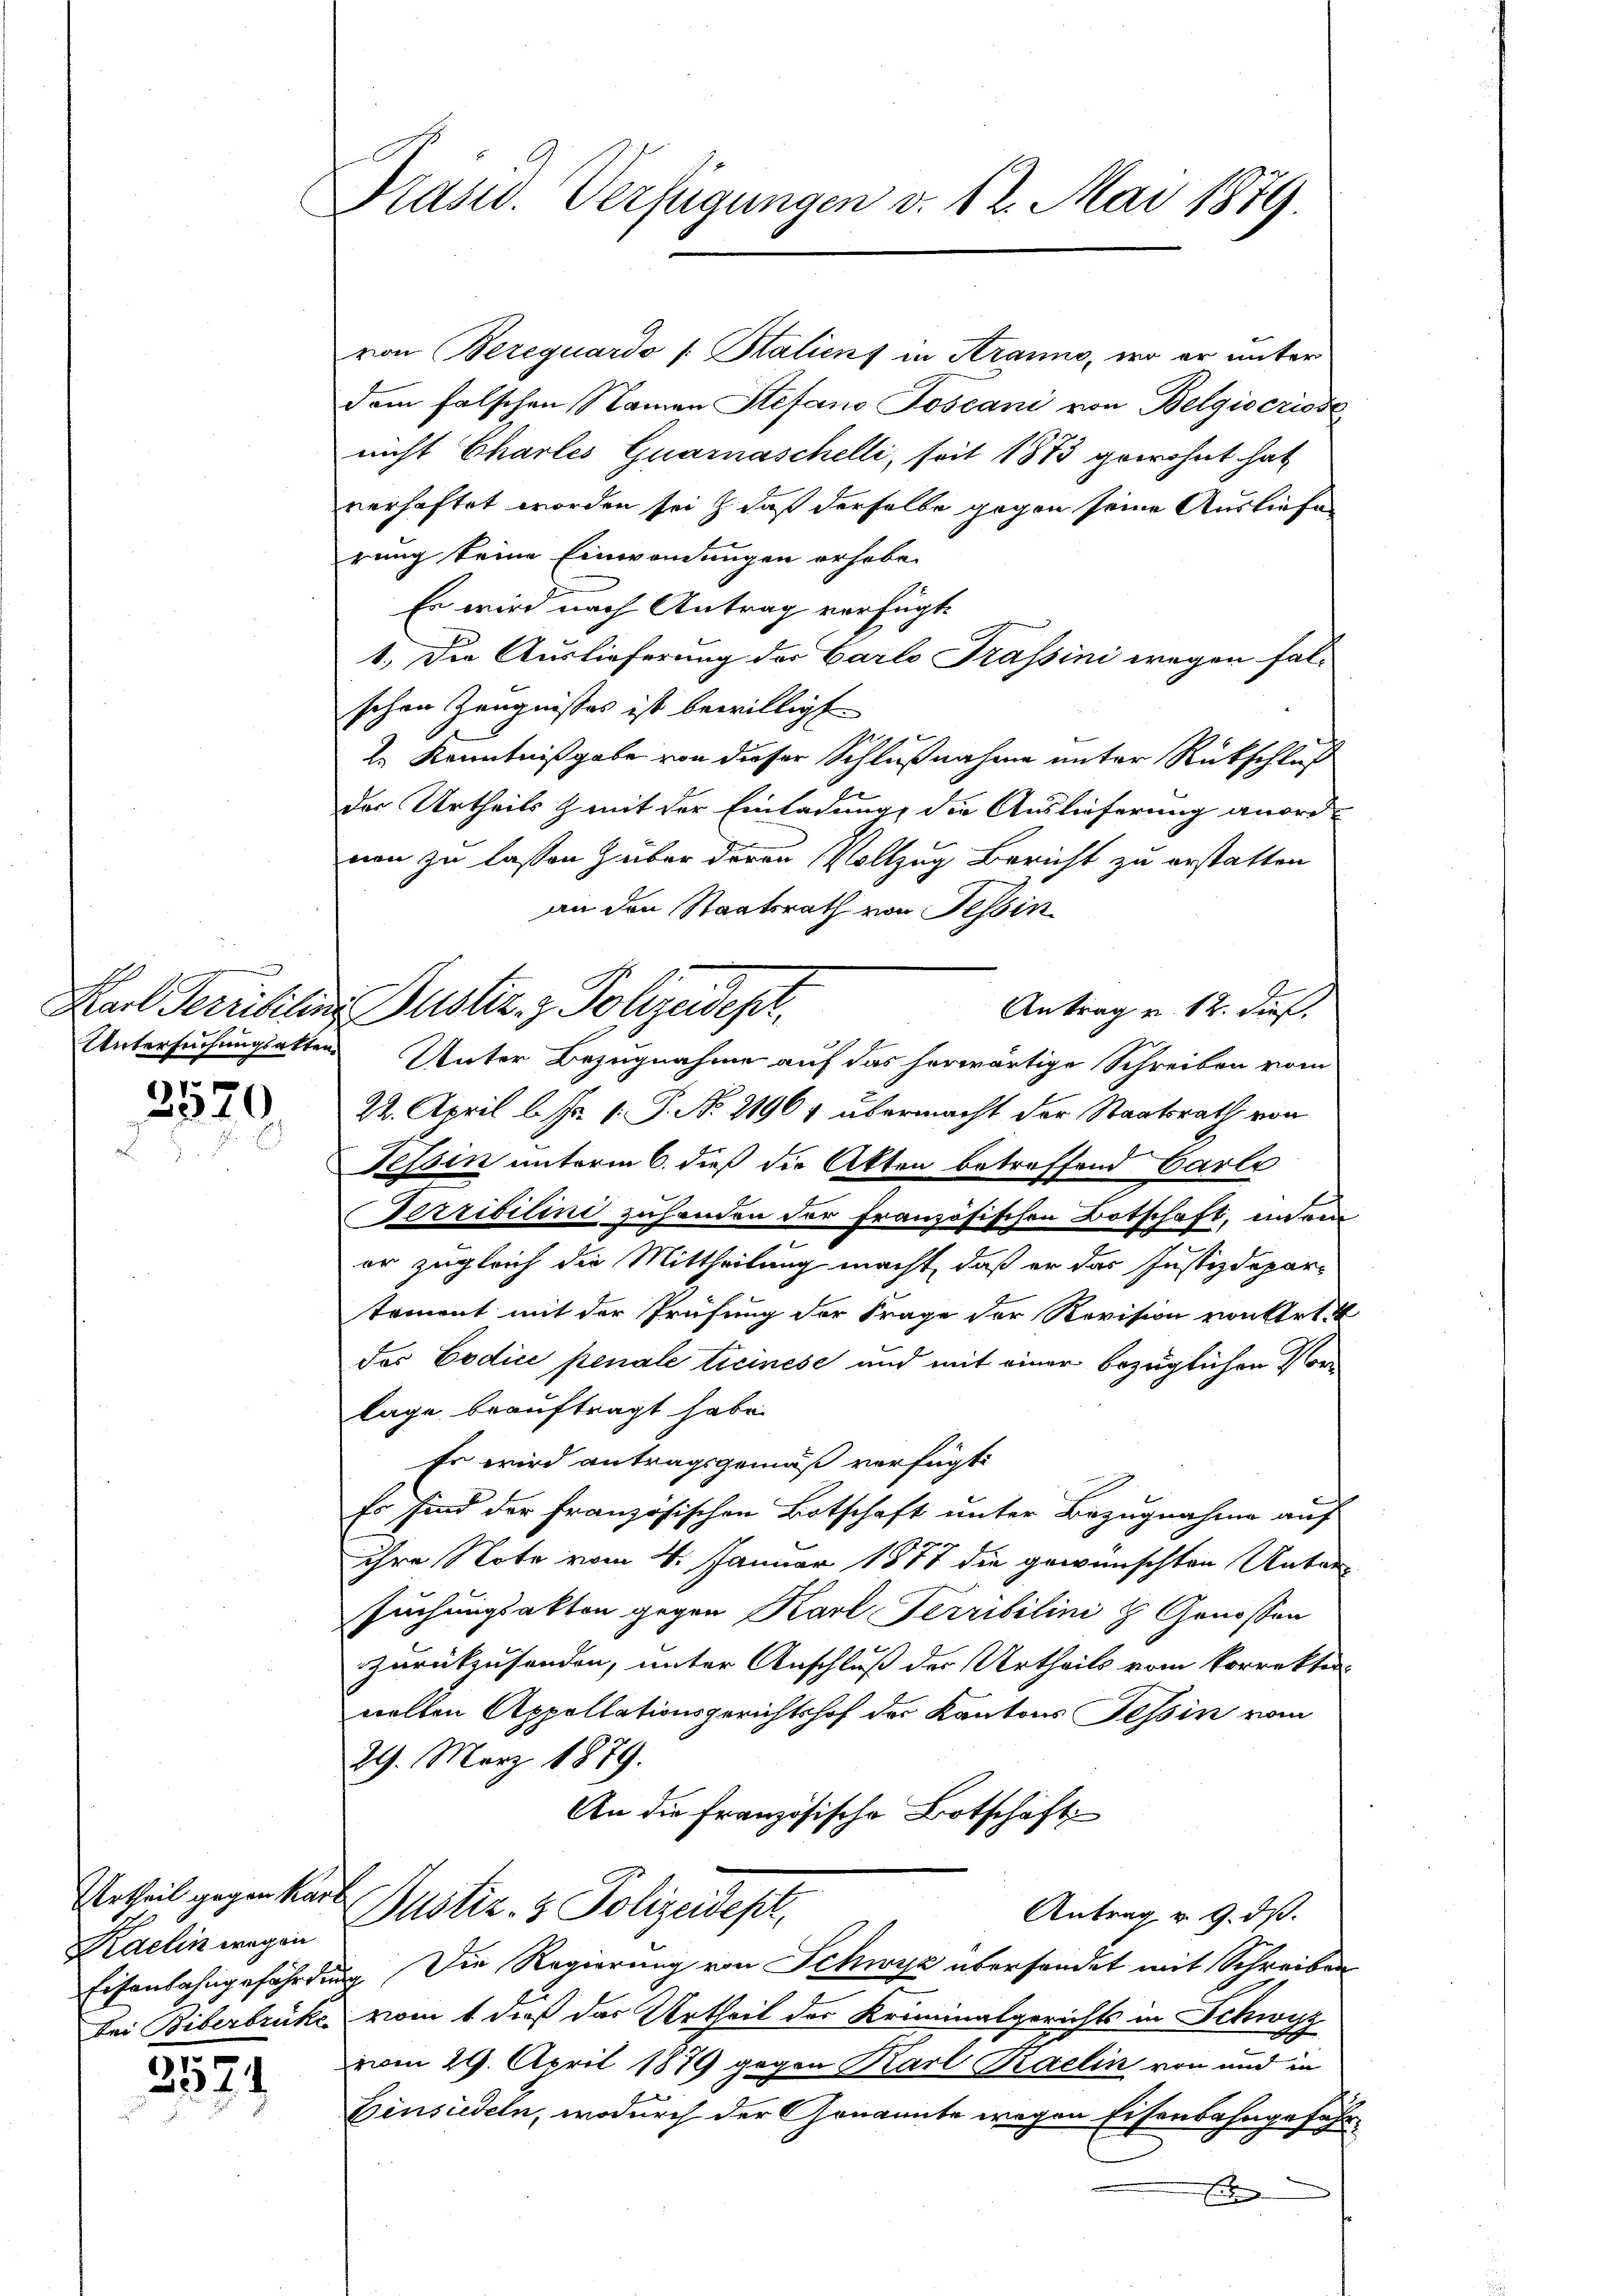
7
2340

Urtheil gegen Kart
Kaelin wegen

e
21524

Präsid. Verfügungen v. 12. Mai 1879.

von Bezequardo /: Stalienf in Aranno, wo er unter
dem falschen Namen Stefano Joscani von Belgiscriose
nicht Charlis Quarnaschelli, seit 1873 gewohnt hat
verhaftet worden sei, daß derselbe gegen seine Ausliefe
rung keine Einwendungen erheben
Es wird nach Antrag verfügt:
1.) Die Auslieferung der Carlo Trassini wegen falschen Zeugnisses ist bewilligt
2.) Kenntnißgabe von dieser Schlußnahme unter Rückschluß
der Urtheils & mit der Einladung, die Auslieferung anord-
von zu lassen über deren Vollzug Bericht zu erstatten
an den Staatsrath von Tessin
Antrag u. 12. dieß,
Untersuchungsalten. Unter Bezugnahme auf das herwärtige Schreiben vom
22. April l. Js. 1. P. No. 21961 übermacht der Staatsrath von
Tessin unterm 6. dieß die Akten betreffend Carle
Terribitine zuhanden der französischen Botschaft, unei
er zugleich die Mittheilung macht, daß er das Justizdepar-
tement mit der Prüfung der Frage der Revision von Art. 4
das Codice penale ticinese und mit einer bezüglichen Vorlage beauftragt habe.
Es wird antragsgemäß verfügt
Es sind der französischen Botschaft unter Bezugnahme auf
ihre Note vom 4. Januar 1877 die gewünschten Unter-
suchungsakten gegen Karl Terribilini & Genossen
zurückzusenden, unter Anschluß der Urtheils vom korrekter
nellen Appellationsgerichtshof der Kantons Tessin vom
29. März 1879.
An die Französische Botschäft
Dustiz- & Polizeidest
Antrag u. 9. ds.
Eisenbahngefährdung. Die Regierung von Schwyz übersendet mit Schreiben
bei Biberbrücke vom 1 dieß das Urtheil der Kriminalgerichts in Schwyz
vom 29. April 1879 gegen Karl Kaelin von und in
Einsiedeln, wodurch der Genannte wegen Eisenbahngeführ
E

Karl Feriebelin Justiz & Polizeidep